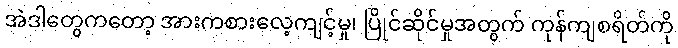
အဲဒါတွေကတော့ အားကစားလေ့ကျင့်မှု၊ ပြိုင်ဆိုင်မှုအတွက် ကုန်ကျစရိတ်ကို